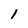
Character: 1